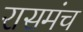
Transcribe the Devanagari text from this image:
रासमंच